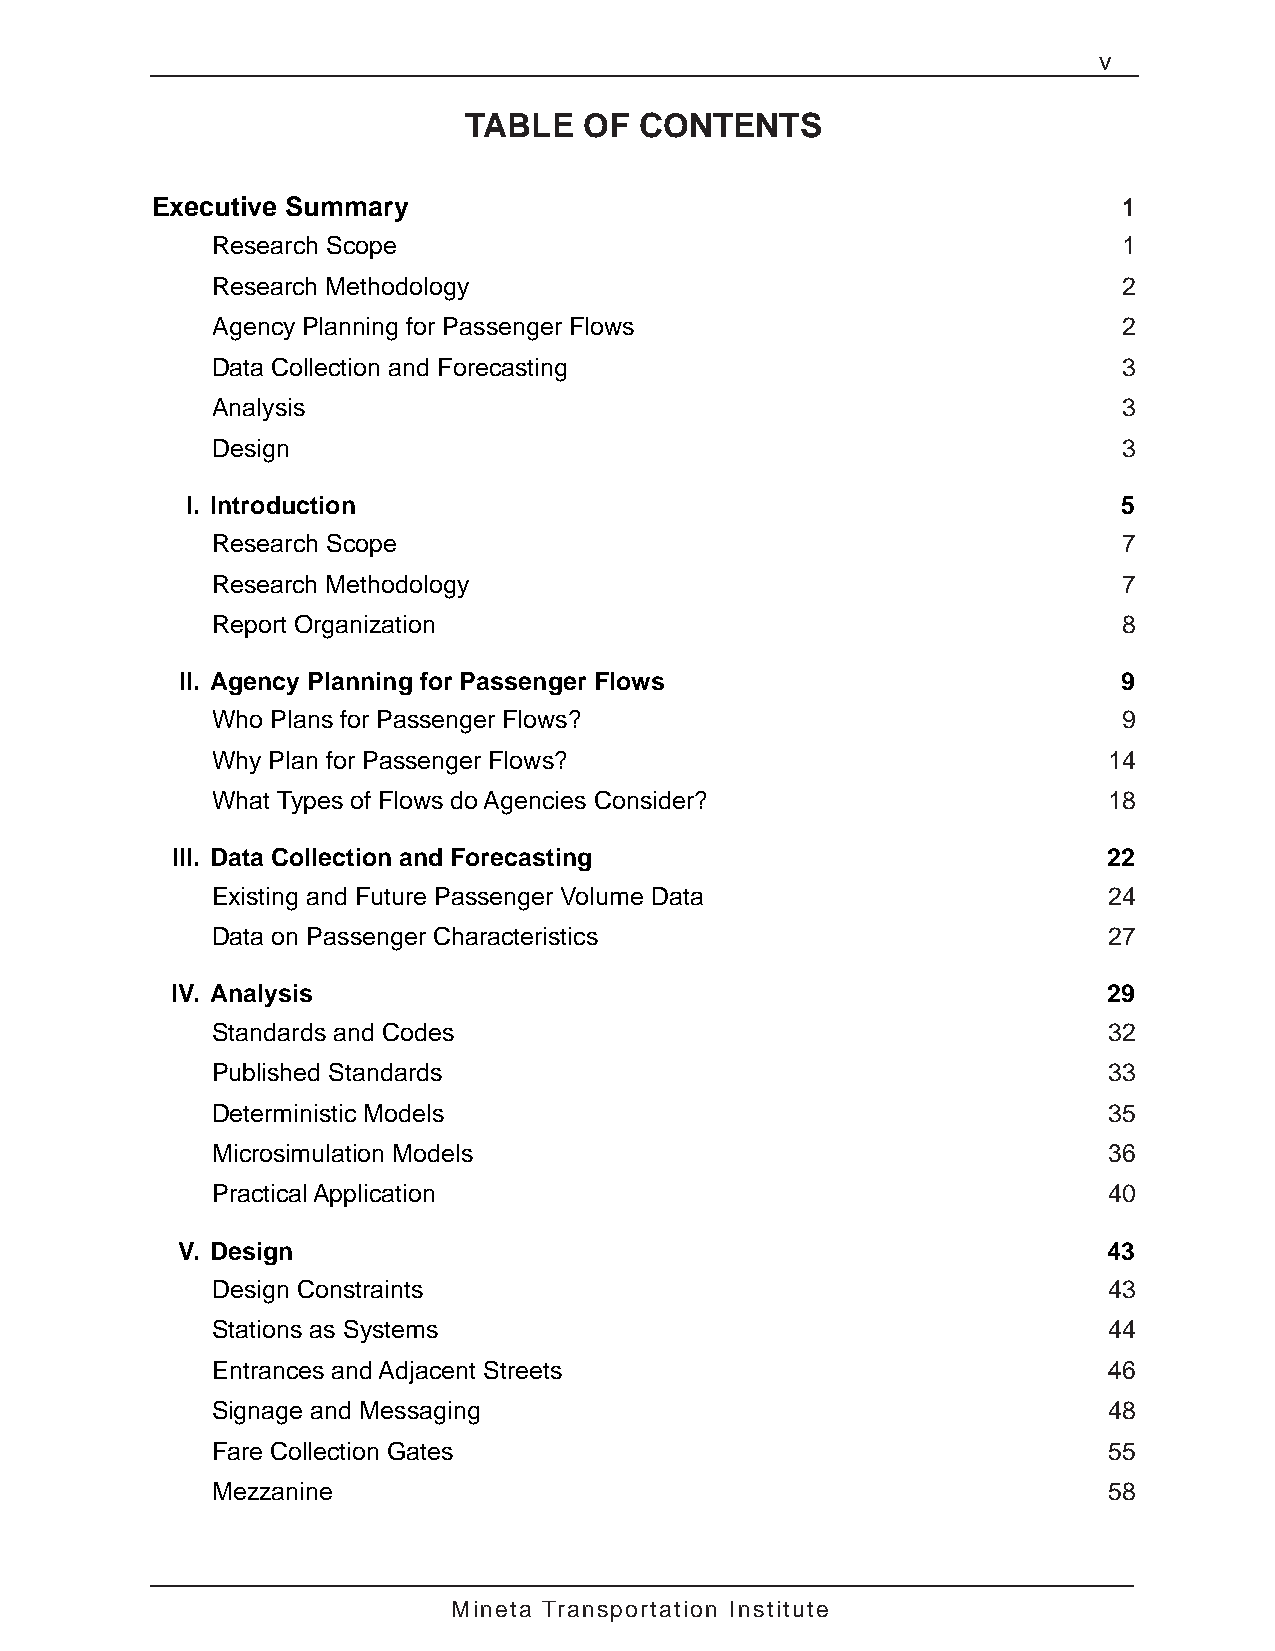
v
 TABLE   OF CONTENTS
 Executive Summary                                               1
 Research Scope                                              1
 Research Methodology                                        2
 Agency Planning for Passenger Flows                         2
 Data Collection and Forecasting                             3
 Analysis                                                    3
 Design                                                      3
 I. Introduction                                               5
 Research Scope                                              7
 Research Methodology                                        7
 Report Organization                                         8
 II. Agency Planning for Passenger Flows                       9
 Who Plans for Passenger Flows?                              9
 Why Plan for Passenger Flows?                              14
 What Types of Flows do Agencies Consider?                  18
 III. Data Collection and Forecasting                          22
 Existing and Future Passenger Volume Data                  24
 Data on Passenger Characteristics                          27
 IV. Analysis                                                  29
 Standards and Codes                                        32
 Published Standards                                        33
 Deterministic Models                                       35
 Microsimulation Models                                     36
 Practical Application                                      40
 V. Design                                                    43
 Design Constraints                                         43
 Stations as Systems                                        44
 Entrances and Adjacent Streets                             46
 Signage and Messaging                                      48
 Fare Collection Gates                                      55
 Mezzanine                                                  58
 Mineta Transportation Institute